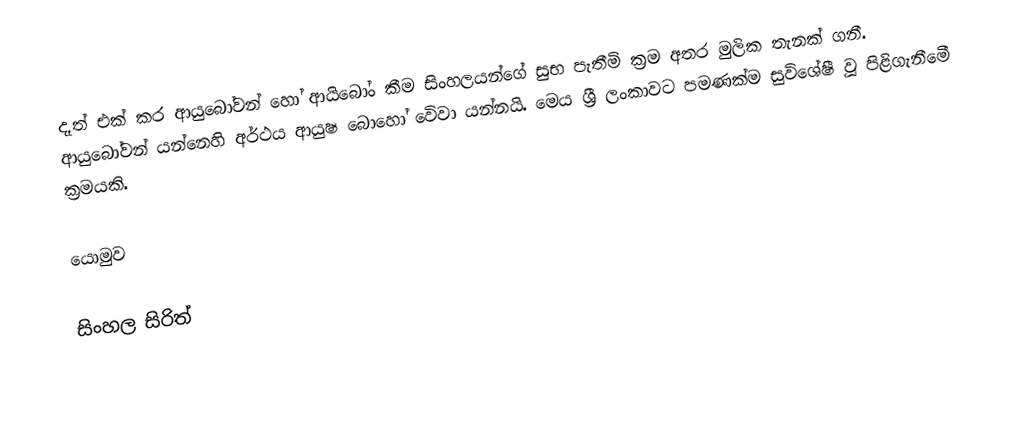
දෑත් එක් කර ආයුබෝවන් හෝ ආයිබෝං කීම‍ සිංහලයන්ගේ සුභ පැතීමි ක්‍රම අතර මුලික තැනක් ගනී. ආයුබෝවන් යන්නෙහි අර්ථය ආයුෂ බොහෝ වෙිවා යන්නයි. මෙය ශ්‍රී ලංකාවට පමණක්ම සුවිශේෂී වූ පිළිගැනීමෙී ක්‍රමයකි.

යොමුව

සිංහල සිරිත්